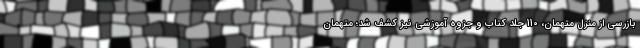
بازرسی از منزل متهمان، 110 جلد کتاب و جزوه آموزشی نیز کشف شد؛ متهمان